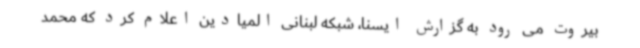
بیروت می رود به گزارش ایسنا، شبکه لبنانی المیادین اعلام کرد که محمد